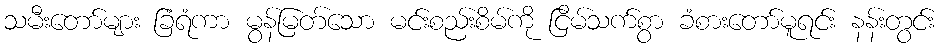
သမီးတော်များ ခြံရံကာ မွန်မြတ်သော မင်းစည်းစိမ်ကို ငြိမ်သက်စွာ ခံစားတော်မူရင်း နန်းတွင်း